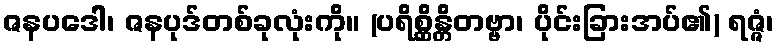
ဇနပဒေါ၊ ဇနပုဒ်တစ်ခုလုံးကို။ (ပရိစ္ဆိန္တိတဗ္ဗာ၊ ပိုင်းခြားအပ်၏) ရဇ္ဇံ၊